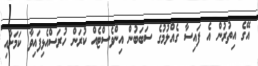
އޭގެ އިތުރުން އެ ފައިސާ ގެއްލުމުގެ ސަބަބުން އިންވެސްޓެއް ކުރަން ހުރަސްއެޅިފައިވާ ކަމަށާއި